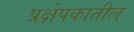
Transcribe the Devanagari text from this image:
प्रक्षेपकातील